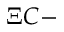
\Xi C -